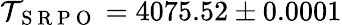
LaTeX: \mathcal{T}_{\mathrm{{~S~R~P~O~}}}=4075.52\pm0.0001